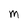
Character: M